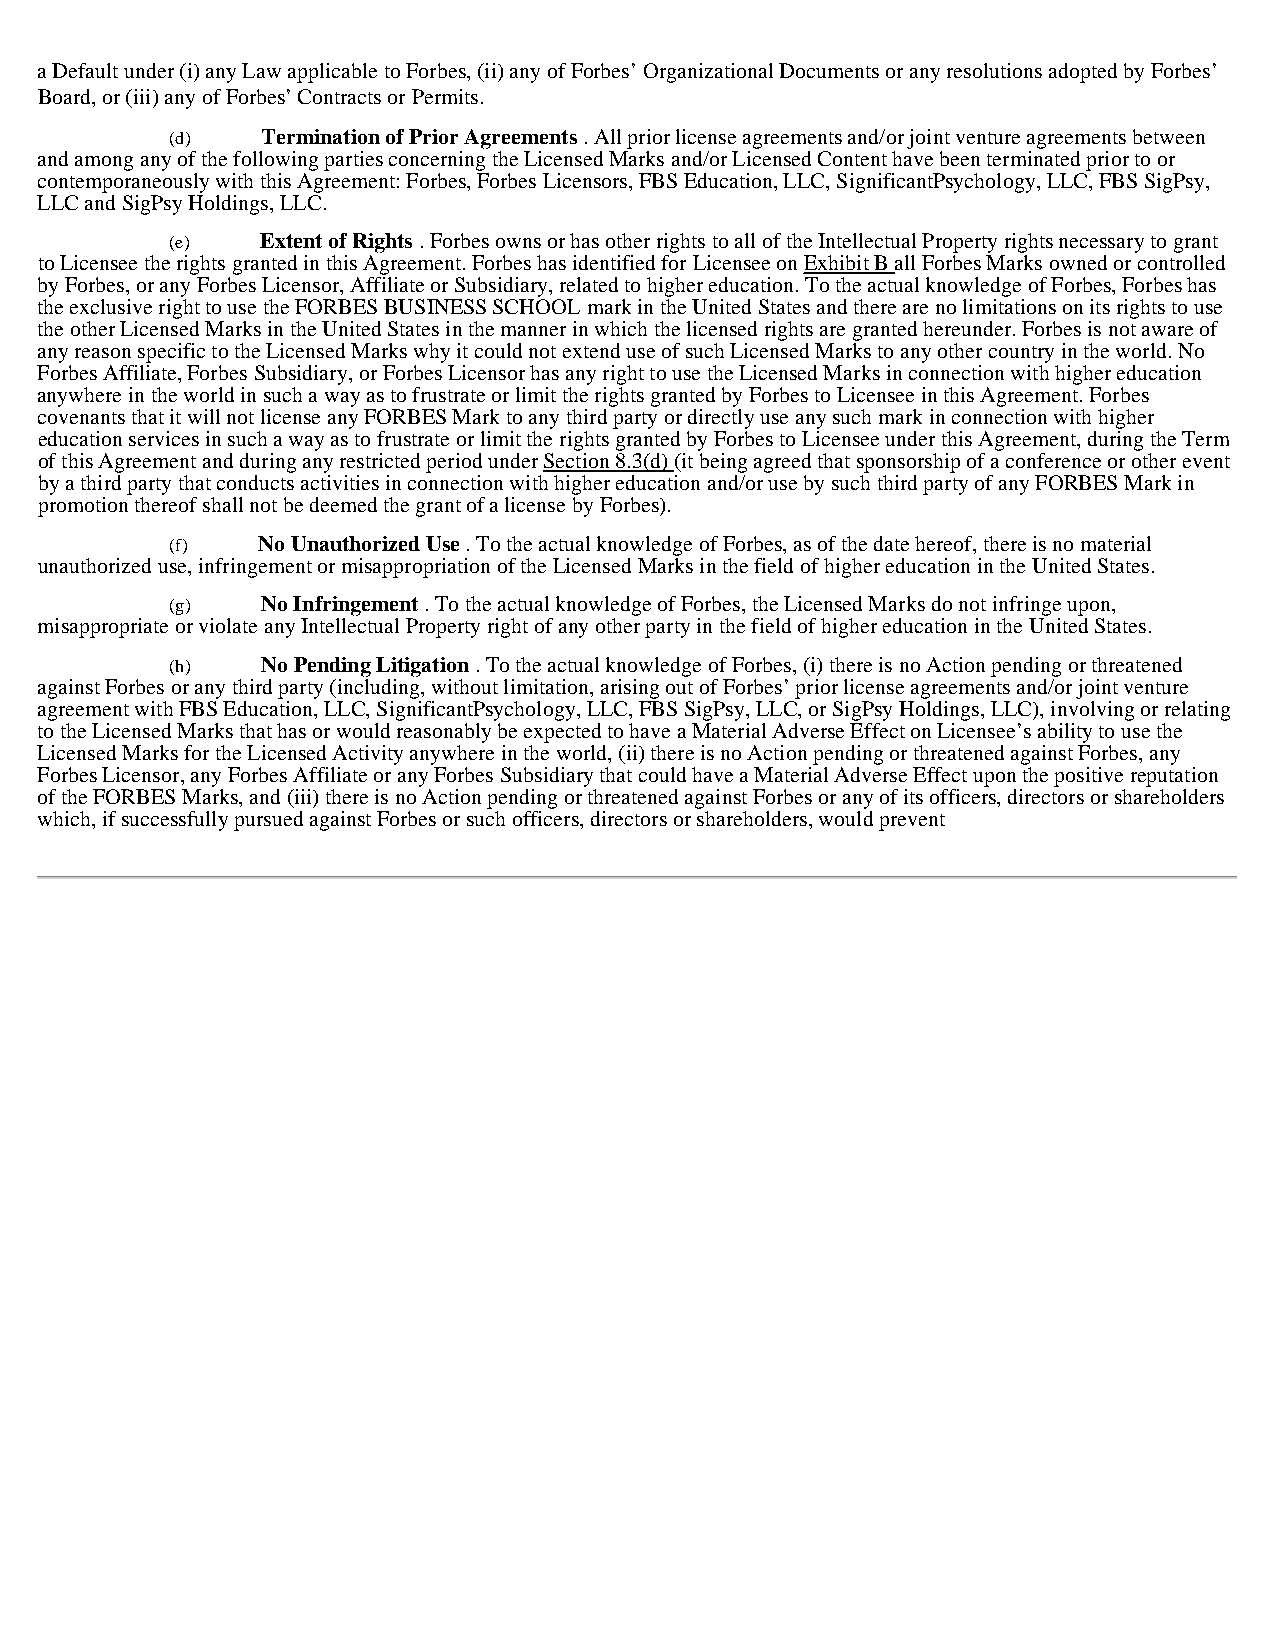
a Default under (i) any Law applicable to Forbes, (ii) any of Forbes’ Organizational Documents or any resolutions adopted by Forbes’
 Board, or (iii) any of Forbes’ Contracts or Permits.
 (d)   Termination of Prior Agreements . All prior license agreements and/or joint venture agreements between
 and among any of the following parties concerning the Licensed Marks and/or Licensed Content have been terminated prior to or
 contemporaneously with this Agreement: Forbes, Forbes Licensors, FBS Education, LLC, SignificantPsychology, LLC, FBS SigPsy,
 LLC and SigPsy Holdings, LLC.
 (e)   Extent of Rights . Forbes owns or has other rights to all of the Intellectual Property rights necessary to grant
 to Licensee the rights granted in this Agreement. Forbes has identified for Licensee on Exhibit B all Forbes Marks owned or controlled
 by Forbes, or any Forbes Licensor, Affiliate or Subsidiary, related to higher education. To the actual knowledge of Forbes, Forbes has
 the exclusive right to use the FORBES BUSINESS SCHOOL mark in the United States and there are no limitations on its rights to use
 the other Licensed Marks in the United States in the manner in which the licensed rights are granted hereunder. Forbes is not aware of
 any reason specific to the Licensed Marks why it could not extend use of such Licensed Marks to any other country in the world. No
 Forbes Affiliate, Forbes Subsidiary, or Forbes Licensor has any right to use the Licensed Marks in connection with higher education
 anywhere in the world in such a way as to frustrate or limit the rights granted by Forbes to Licensee in this Agreement. Forbes
 covenants that it will not license any FORBES Mark to any third party or directly use any such mark in connection with higher
 education services in such a way as to frustrate or limit the rights granted by Forbes to Licensee under this Agreement, during the Term
 of this Agreement and during any restricted period under Section 8.3(d) (it being agreed that sponsorship of a conference or other event
 by a third party that conducts activities in connection with higher education and/or use by such third party of any FORBES Mark in
 promotion thereof shall not be deemed the grant of a license by Forbes).
 (f)   No Unauthorized Use . To the actual knowledge of Forbes, as of the date hereof, there is no material
 unauthorized use, infringement or misappropriation of the Licensed Marks in the field of higher education in the United States.
 (g)   No Infringement . To the actual knowledge of Forbes, the Licensed Marks do not infringe upon,
 misappropriate or violate any Intellectual Property right of any other party in the field of higher education in the United States.
 (h)   No Pending Litigation . To the actual knowledge of Forbes, (i) there is no Action pending or threatened
 against Forbes or any third party (including, without limitation, arising out of Forbes’ prior license agreements and/or joint venture
 agreement with FBS Education, LLC, SignificantPsychology, LLC, FBS SigPsy, LLC, or SigPsy Holdings, LLC), involving or relating
 to the Licensed Marks that has or would reasonably be expected to have a Material Adverse Effect on Licensee’s ability to use the
 Licensed Marks for the Licensed Activity anywhere in the world, (ii) there is no Action pending or threatened against Forbes, any
 Forbes Licensor, any Forbes Affiliate or any Forbes Subsidiary that could have a Material Adverse Effect upon the positive reputation
 of the FORBES Marks, and (iii) there is no Action pending or threatened against Forbes or any of its officers, directors or shareholders
 which, if successfully pursued against Forbes or such officers, directors or shareholders, would prevent